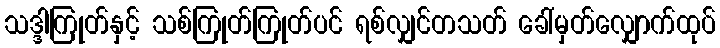
သဒ္ဒါကြုတ်နှင့် သစ်ကြုတ်ကြုတ်ပင် ရစ်လျှင်တသတ် ခေါ်မှတ်လျှောက်ထုပ်